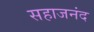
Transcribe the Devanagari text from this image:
सहाजनंद